Indian journal of veterinary science and animal husbandry - Volumes 24-25, 1954-1955
Year: 1954
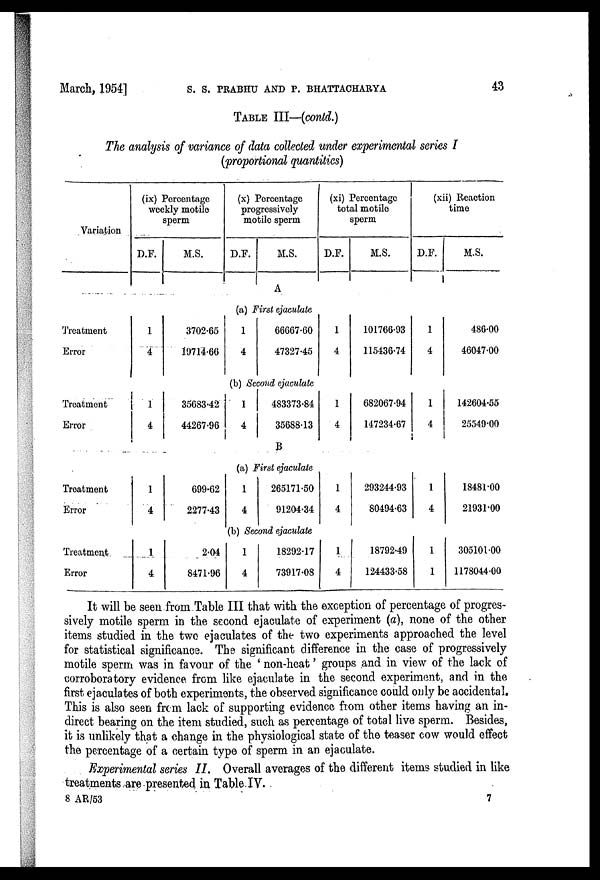
March, 1954] S. S. PRABHU AND P. BHATTAOHARYA 43
TABLE III—(conld.)
The analysis of variance of data collected under experimental series I
(proportional quantities)
Variation
Treatment
Error
Treatment
Error
Treatment
Error
Treatment
Error
(ix) Percentage
weekly motile
sperm
D.F.
1
4
1
4
1
4
1
4
M.S.
3702.65
19714.66
35683.42
44267.96
699.62
2277.43
2.04
8471.96
(x) Percentage
progressively
motile sperm
D.F.
M.S.
A
(a) First ejaculate
1
4
66667.60
47327.45
(b) Second ejaculate
1
4
483373.84
35688.13
B
(a) First ejaculate
1
4
265171.50
91204.34
(b) Second ejaculate
1
4
18292.17
73917.08
(xi) Percentage
total motile
sperm
D.F.
1
4
1
4
1
4
1
4
M.S.
101766.93
115436.74
682067.94
147234.67
293244.93
80494.63
18792.49
124433.58
(xii) Reaction
time
D.F.
1
4
1
4
1
4
1
1
M.S.
486.00
46047.00
142604.55
25549.00
18481.00
21931.00
305101.00
1178044.00
It will be seen from Table III that with the exception of percentage of progres-
sively motile sperm in the second ejaculate of experiment (a), none of the other
items studied in the two ejaculates of the two experiments approached the level
for statistical significance. The significant difference in the case of progressively
motile sperm was in favour of the ' non-heat' groups and in view of the lack of
corroboratory evidence from like ejaculate in the second experiment, and in the
first ejaculates of both experiments, the observed significance could only be accidental.
This is also seen from lack of supporting evidence from other items having an in-
direct bearing on the item studied, such as percentage of total live sperm. Besides,
it is unlikely that a change in the physiological state of the teaser cow would effect
the percentage of a certain type of sperm in an ejaculate.
Experimental series II. Overall averages of the different items studied in like
treatments are presented in Table IV.
8 AR/53
7